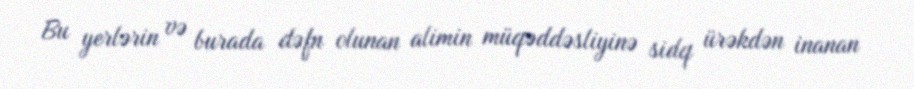
Bu yerlərin və burada dəfn olunan alimin müqəddəsliyinə sidq ürəkdən inanan